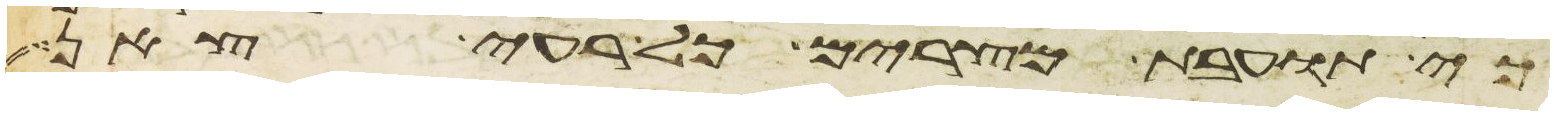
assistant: כי תועבת מצרים כל רעי צאן